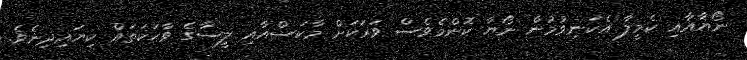
ނޯޔާއާއި ކެމީލާ އެކަނިވުމުން ނޯޔާ ކޮންމެވެސް ވަރަކަށް މާކަސްއާއި ލީސާގެ ވާހަކަތައް ކިޔައިދިނެވެ.